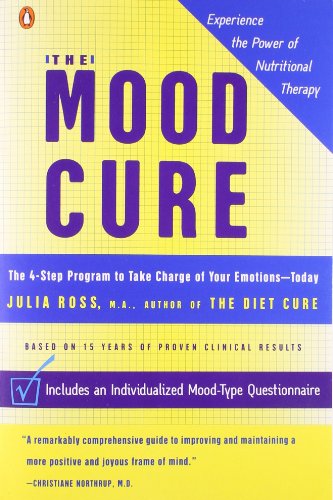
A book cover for The Mood Cure: The 4-Step Program to Take Charge of Your Emotions--Today; Julia  Ross; Self-Help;